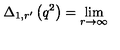
\Delta _ { 1 , r ^ { \prime } } \left( q ^ { 2 } \right) = \lim _ { r \rightarrow \infty }